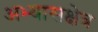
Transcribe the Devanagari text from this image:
अभ्यासक्षेत्र